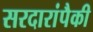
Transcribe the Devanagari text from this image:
सरदारांपैकी